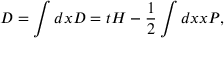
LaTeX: D = \int d x { \cal D } = t H - { \frac { 1 } { 2 } } \int d x x \cal { P } ,